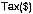
TAX($)